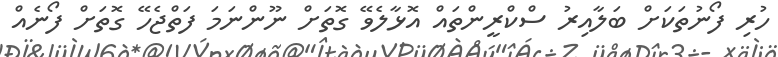
ހުރި ފޯނުތަކަށް ބަލާއިރު ސްކްރީންތައް އޮޅާލެވޭ ގޮތަށް ނޫންނަމަ ފަތްޖެހޭ ގޮތަށް ފޯނެއް